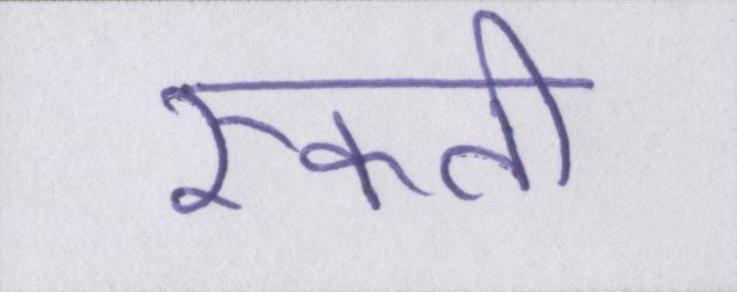
रुकती